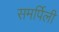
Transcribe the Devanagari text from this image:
समर्पिली